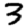
Digit: 3